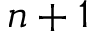
n + 1